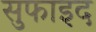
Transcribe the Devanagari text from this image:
सुफाइद